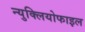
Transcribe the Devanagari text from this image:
न्युक्लियोफाइल